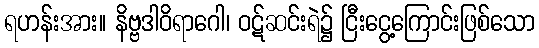
ရဟန်းအား။ နိဗ္ဗဒါဝိရာဂေါ၊ ဝဋ်ဆင်းရဲ၌ ငြီးငွေ့ကြောင်းဖြစ်သော